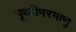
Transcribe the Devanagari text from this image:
पृथ्वीपरमाणु